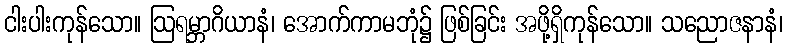
ငါးပါးကုန်သော။ ဩရမ္ဘာဂိယာနံ၊ အောက်ကာမဘုံ၌ ဖြစ်ခြင်း အဖို့ရှိကုန်သော။ သညောဇနာနံ၊